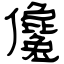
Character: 儳